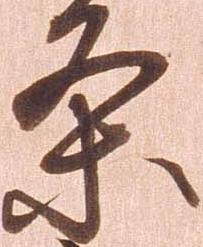
条